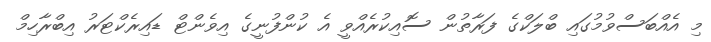
މި އެއްބަސްވުމުގައި ބްލަކްގެ ފަރާތުން ސޮއިކުރެއްވީ އެ ކުންފުނީގެ އިވެންޓް ޑައިރެކްޓަރު އިބްރާހިމް